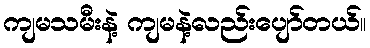
ကျမသမီးနဲ့ ကျမနဲ့လည်းပျော်တယ်။